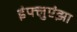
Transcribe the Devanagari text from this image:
इंफ्लुएंझा